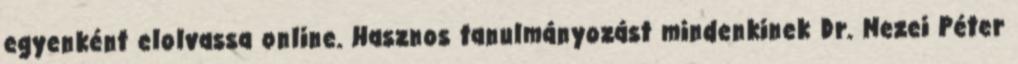
egyenként elolvassa online. Hasznos tanulmányozást mindenkinek Dr. Mezei Péter